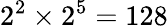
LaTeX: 2^{2}\times 2^{5}=128